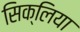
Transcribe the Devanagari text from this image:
सिक्लिया